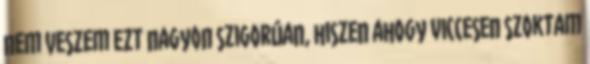
nem veszem ezt nagyon szigorúan, hiszen ahogy viccesen szoktam